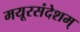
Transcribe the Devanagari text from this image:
मयूरसंदेशम्